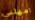
امهلني